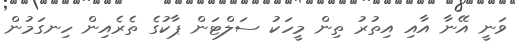
ވަނީ އޭނާ އާއި އިތުރު ތިން މީހަކު ސަލްޓަން ޕާކުގެ ތެރެއިން ހިނގަމުން